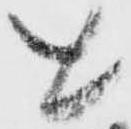
と